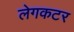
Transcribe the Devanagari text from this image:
लेगकटर